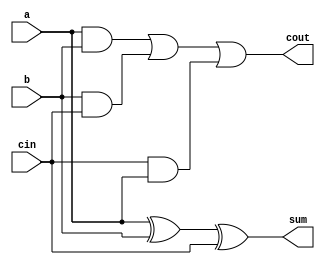
/*//header guards
`ifndef _CSA_vh_
`define _CSA_vh_
*/
module fullAdder(a,b,cin,sum,cout);
	input a, b, cin;
	output cout, sum;
	
	assign sum = a^b^cin;
	assign cout= (a&b) | (b&cin) | (cin&a);
	
endmodule //fullAdder

module CSA63bit(A,B,C,SUM,CARRY);

	input[62:0] A,B,C;
	output[62:0] SUM,CARRY;

	assign CARRY[0]=0;

  //fullAdder FA0(A[0],B[0],C[0],SUM[0],CARRY[1]);
	fullAdder FA0(A[0],B[0],C[0],SUM[0],CARRY[1]);
	fullAdder FA1(A[1],B[1],C[1],SUM[1],CARRY[2]);
	fullAdder FA2(A[2],B[2],C[2],SUM[2],CARRY[3]);
	fullAdder FA3(A[3],B[3],C[3],SUM[3],CARRY[4]);
	fullAdder FA4(A[4],B[4],C[4],SUM[4],CARRY[5]);
	fullAdder FA5(A[5],B[5],C[5],SUM[5],CARRY[6]);
	fullAdder FA6(A[6],B[6],C[6],SUM[6],CARRY[7]);
	fullAdder FA7(A[7],B[7],C[7],SUM[7],CARRY[8]);
	fullAdder FA8(A[8],B[8],C[8],SUM[8],CARRY[9]);
	fullAdder FA9(A[9],B[9],C[9],SUM[9],CARRY[10]);
	fullAdder FA10(A[10],B[10],C[10],SUM[10],CARRY[11]);
	fullAdder FA11(A[11],B[11],C[11],SUM[11],CARRY[12]);
	fullAdder FA12(A[12],B[12],C[12],SUM[12],CARRY[13]);
	fullAdder FA13(A[13],B[13],C[13],SUM[13],CARRY[14]);
	fullAdder FA14(A[14],B[14],C[14],SUM[14],CARRY[15]);
	fullAdder FA15(A[15],B[15],C[15],SUM[15],CARRY[16]);
	fullAdder FA16(A[16],B[16],C[16],SUM[16],CARRY[17]);
	fullAdder FA17(A[17],B[17],C[17],SUM[17],CARRY[18]);
	fullAdder FA18(A[18],B[18],C[18],SUM[18],CARRY[19]);
	fullAdder FA19(A[19],B[19],C[19],SUM[19],CARRY[20]);
	fullAdder FA20(A[20],B[20],C[20],SUM[20],CARRY[21]);
	fullAdder FA21(A[21],B[21],C[21],SUM[21],CARRY[22]);
	fullAdder FA22(A[22],B[22],C[22],SUM[22],CARRY[23]);
	fullAdder FA23(A[23],B[23],C[23],SUM[23],CARRY[24]);
	fullAdder FA24(A[24],B[24],C[24],SUM[24],CARRY[25]);
	fullAdder FA25(A[25],B[25],C[25],SUM[25],CARRY[26]);
	fullAdder FA26(A[26],B[26],C[26],SUM[26],CARRY[27]);
	fullAdder FA27(A[27],B[27],C[27],SUM[27],CARRY[28]);
	fullAdder FA28(A[28],B[28],C[28],SUM[28],CARRY[29]);
	fullAdder FA29(A[29],B[29],C[29],SUM[29],CARRY[30]);
	fullAdder FA30(A[30],B[30],C[30],SUM[30],CARRY[31]);
	fullAdder FA31(A[31],B[31],C[31],SUM[31],CARRY[32]);
	fullAdder FA32(A[32],B[32],C[32],SUM[32],CARRY[33]);
	fullAdder FA33(A[33],B[33],C[33],SUM[33],CARRY[34]);
	fullAdder FA34(A[34],B[34],C[34],SUM[34],CARRY[35]);
	fullAdder FA35(A[35],B[35],C[35],SUM[35],CARRY[36]);
	fullAdder FA36(A[36],B[36],C[36],SUM[36],CARRY[37]);
	fullAdder FA37(A[37],B[37],C[37],SUM[37],CARRY[38]);
	fullAdder FA38(A[38],B[38],C[38],SUM[38],CARRY[39]);
	fullAdder FA39(A[39],B[39],C[39],SUM[39],CARRY[40]);
	fullAdder FA40(A[40],B[40],C[40],SUM[40],CARRY[41]);
	fullAdder FA41(A[41],B[41],C[41],SUM[41],CARRY[42]);
	fullAdder FA42(A[42],B[42],C[42],SUM[42],CARRY[43]);
	fullAdder FA43(A[43],B[43],C[43],SUM[43],CARRY[44]);
	fullAdder FA44(A[44],B[44],C[44],SUM[44],CARRY[45]);
	fullAdder FA45(A[45],B[45],C[45],SUM[45],CARRY[46]);
	fullAdder FA46(A[46],B[46],C[46],SUM[46],CARRY[47]);
	fullAdder FA47(A[47],B[47],C[47],SUM[47],CARRY[48]);
	fullAdder FA48(A[48],B[48],C[48],SUM[48],CARRY[49]);
	fullAdder FA49(A[49],B[49],C[49],SUM[49],CARRY[50]);
	fullAdder FA50(A[50],B[50],C[50],SUM[50],CARRY[51]);
	fullAdder FA51(A[51],B[51],C[51],SUM[51],CARRY[52]);
	fullAdder FA52(A[52],B[52],C[52],SUM[52],CARRY[53]);
	fullAdder FA53(A[53],B[53],C[53],SUM[53],CARRY[54]);
	fullAdder FA54(A[54],B[54],C[54],SUM[54],CARRY[55]);
	fullAdder FA55(A[55],B[55],C[55],SUM[55],CARRY[56]);
	fullAdder FA56(A[56],B[56],C[56],SUM[56],CARRY[57]);
	fullAdder FA57(A[57],B[57],C[57],SUM[57],CARRY[58]);
	fullAdder FA58(A[58],B[58],C[58],SUM[58],CARRY[59]);
	fullAdder FA59(A[59],B[59],C[59],SUM[59],CARRY[60]);
	fullAdder FA60(A[60],B[60],C[60],SUM[60],CARRY[61]);
	fullAdder FA61(A[61],B[61],C[61],SUM[61],CARRY[62]);

	wire temp;
	fullAdder FA62(A[62],B[62],C[62],SUM[62],temp);

endmodule // CSA63bit

//`endif